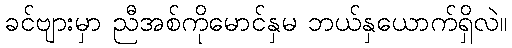
ခင်ဗျားမှာ ညီအစ်ကိုမောင်နှမ ဘယ်နှယောက်ရှိလဲ။